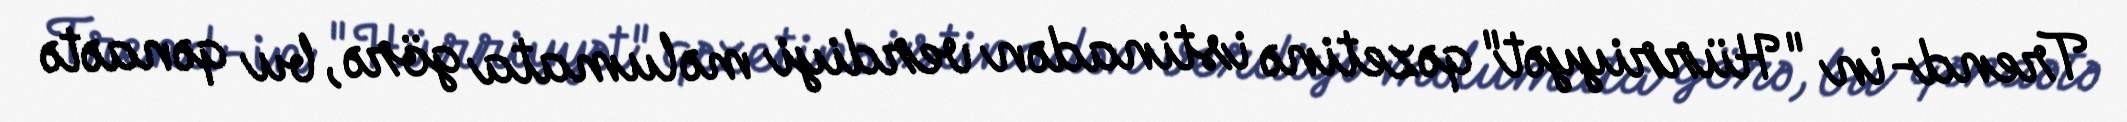
Trend-in "Hürriyyət" qəzetinə istinadən verdiyi məlumata görə, bu qənaətə